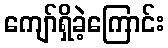
ကျော်ရှိခဲ့ကြောင်း